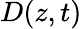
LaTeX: D(z,t)